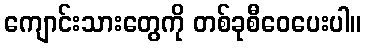
ကျောင်းသားတွေကို တစ်ခုစီဝေပေးပါ။